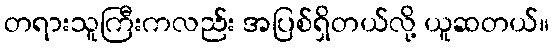
တရားသူကြီးကလည်း အပြစ်ရှိတယ်လို့ ယူဆတယ်။